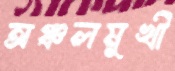
অঞ্চলমুখী